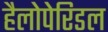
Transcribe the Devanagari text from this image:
हैलोपेरिडल